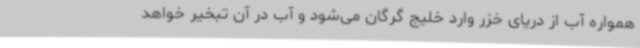
همواره آب از دریای خزر وارد خلیج گرگان می‌شود و آب در آن تبخیر خواهد